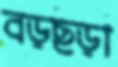
বড়ছড়া